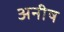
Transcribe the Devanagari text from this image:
अनीष